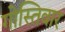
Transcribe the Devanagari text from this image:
गोस्तिवार